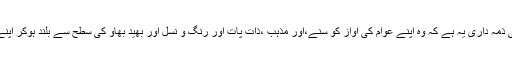
تخت اقتدار پر بیٹھے ہوئے شخص کی پہلی ذمہ داری یہ ہے کہ وہ اپنے عوام کی آواز کو سنے،اور مذہب ،ذات پات اور رنگ و نسل اور بھید بھاؤ کی سطح سے بلند ہوکر اپنے عوام کے ساتھ یکساں سلوک روا رکھے۔